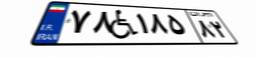
۴۵W۶۲۱۶۶